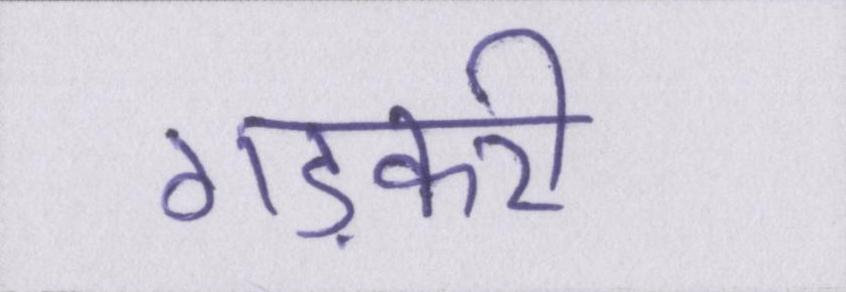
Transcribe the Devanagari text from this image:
गड़करी